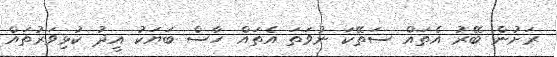
ރަށުން ބޭރު އެތައް ސަތޭކަ ނުވަތަ އެތައް ހާސް ބަޔަކު އީދު ކުޅިވަރުތައް